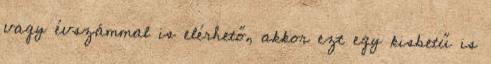
vagy évszámmal is elérhető, akkor ezt egy kisbetű is